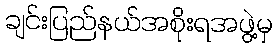
ချင်းပြည်နယ်အစိုးရအဖွဲ့မှ